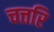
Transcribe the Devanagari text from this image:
चत्तरि